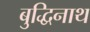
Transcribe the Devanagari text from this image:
बुद्धिनाथ